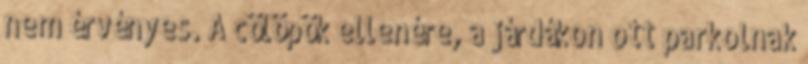
nem érvényes. A cölöpök ellenére, a járdákon ott parkolnak